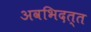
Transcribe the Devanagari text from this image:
अवभिदत्त